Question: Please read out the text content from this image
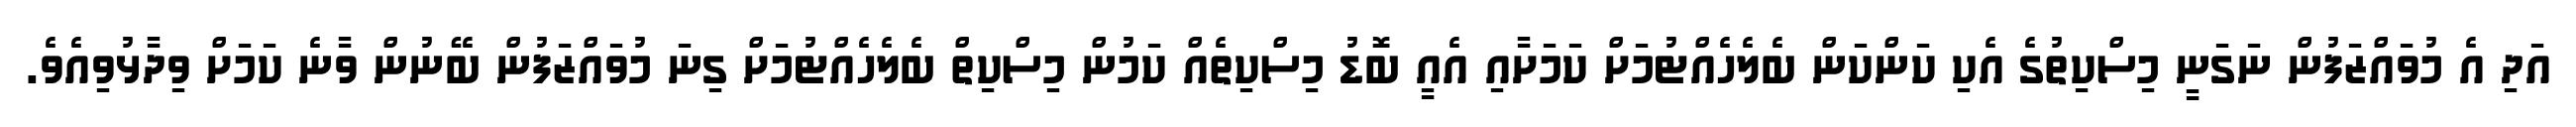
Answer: އަދި އެ މުވައްޒަފުން ނަގަނީ މިސްކިތުގެ އެކި ކަންކަން ބެލެހެއްޓުމަށް ކަމަށާއި އެއީ ބޮޑު މިސްކިތެއް ކަމުން މިސްކިތް ބެލެހެއްޓުމަށް ގިނަ މުވައްޒަފުން ބޭނުން ވާނެ ކަމަށް ވިދާޅުވިއެވެ.